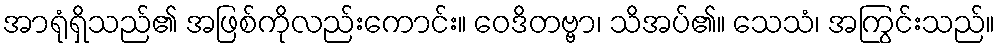
အာရုံရှိသည်၏ အဖြစ်ကိုလည်းကောင်း။ ဝေဒိတဗ္ဗာ၊ သိအပ်၏။ သေသံ၊ အကြွင်းသည်။